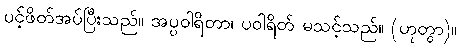
ပင့်ဖိတ်အပ်ပြီးသည်။ အပ္ပဝါရိတာ၊ ပဝါရိတ် မသင့်သည်။ (ဟုတွာ)။